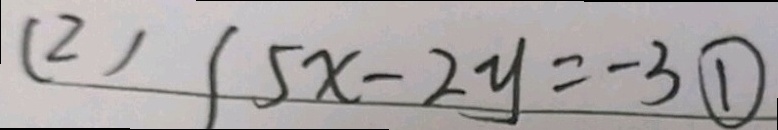
( 2 ) 1 5 x - 2 y = - 3 \textcircled { 1 }